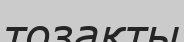
тозақты